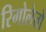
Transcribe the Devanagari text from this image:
रिगोलेतो